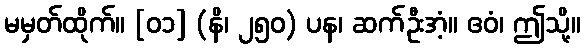
မမှတ်ထိုက်။ [၀၁] (နိ၊ ၂၅၀) ပန၊ ဆက်ဦးအံ့။ ဧဝံ၊ ဤသို့။